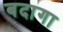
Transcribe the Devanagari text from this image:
बदागा